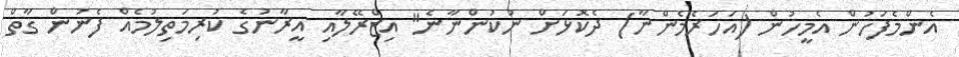
އެންމެފަހުން އެމީހުން (އަހަރެމެންނާ) ދެކޮޅަށް ނުކުންނާނެ" އިޒްރޭލާއި އީރާނުގެ ކުރިމަތިލުމެއް ފެނުން ގާތް